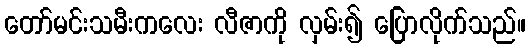
တော်မင်းသမီးကလေး လီဇာကို လှမ်း၍ ပြောလိုက်သည်။